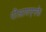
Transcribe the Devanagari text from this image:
पीआयएनके